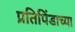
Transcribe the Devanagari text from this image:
प्रतिपिंडाच्या